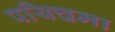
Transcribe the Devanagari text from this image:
पयिचमा